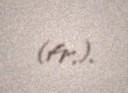
(fr.).